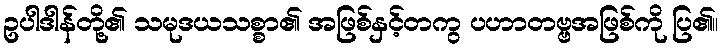
ဥပါဒါန်တို့၏ သမုဒယသစ္စာ၏ အဖြစ်နှင့်တကွ ပဟာတဗ္ဗအဖြစ်ကို ပြ၏။